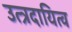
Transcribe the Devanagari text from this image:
उत्त्रदायित्व